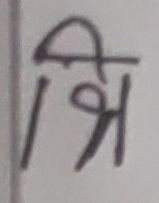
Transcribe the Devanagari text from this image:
श्रि